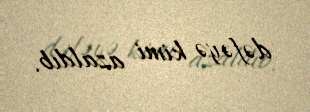
dəfəyə kimi azaldıb.